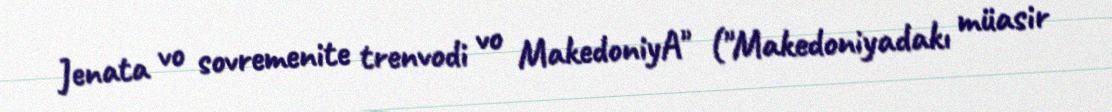
Jenata vo sovremenite trenvodi vo MakedoniyA" ("Makedoniyadakı müasir